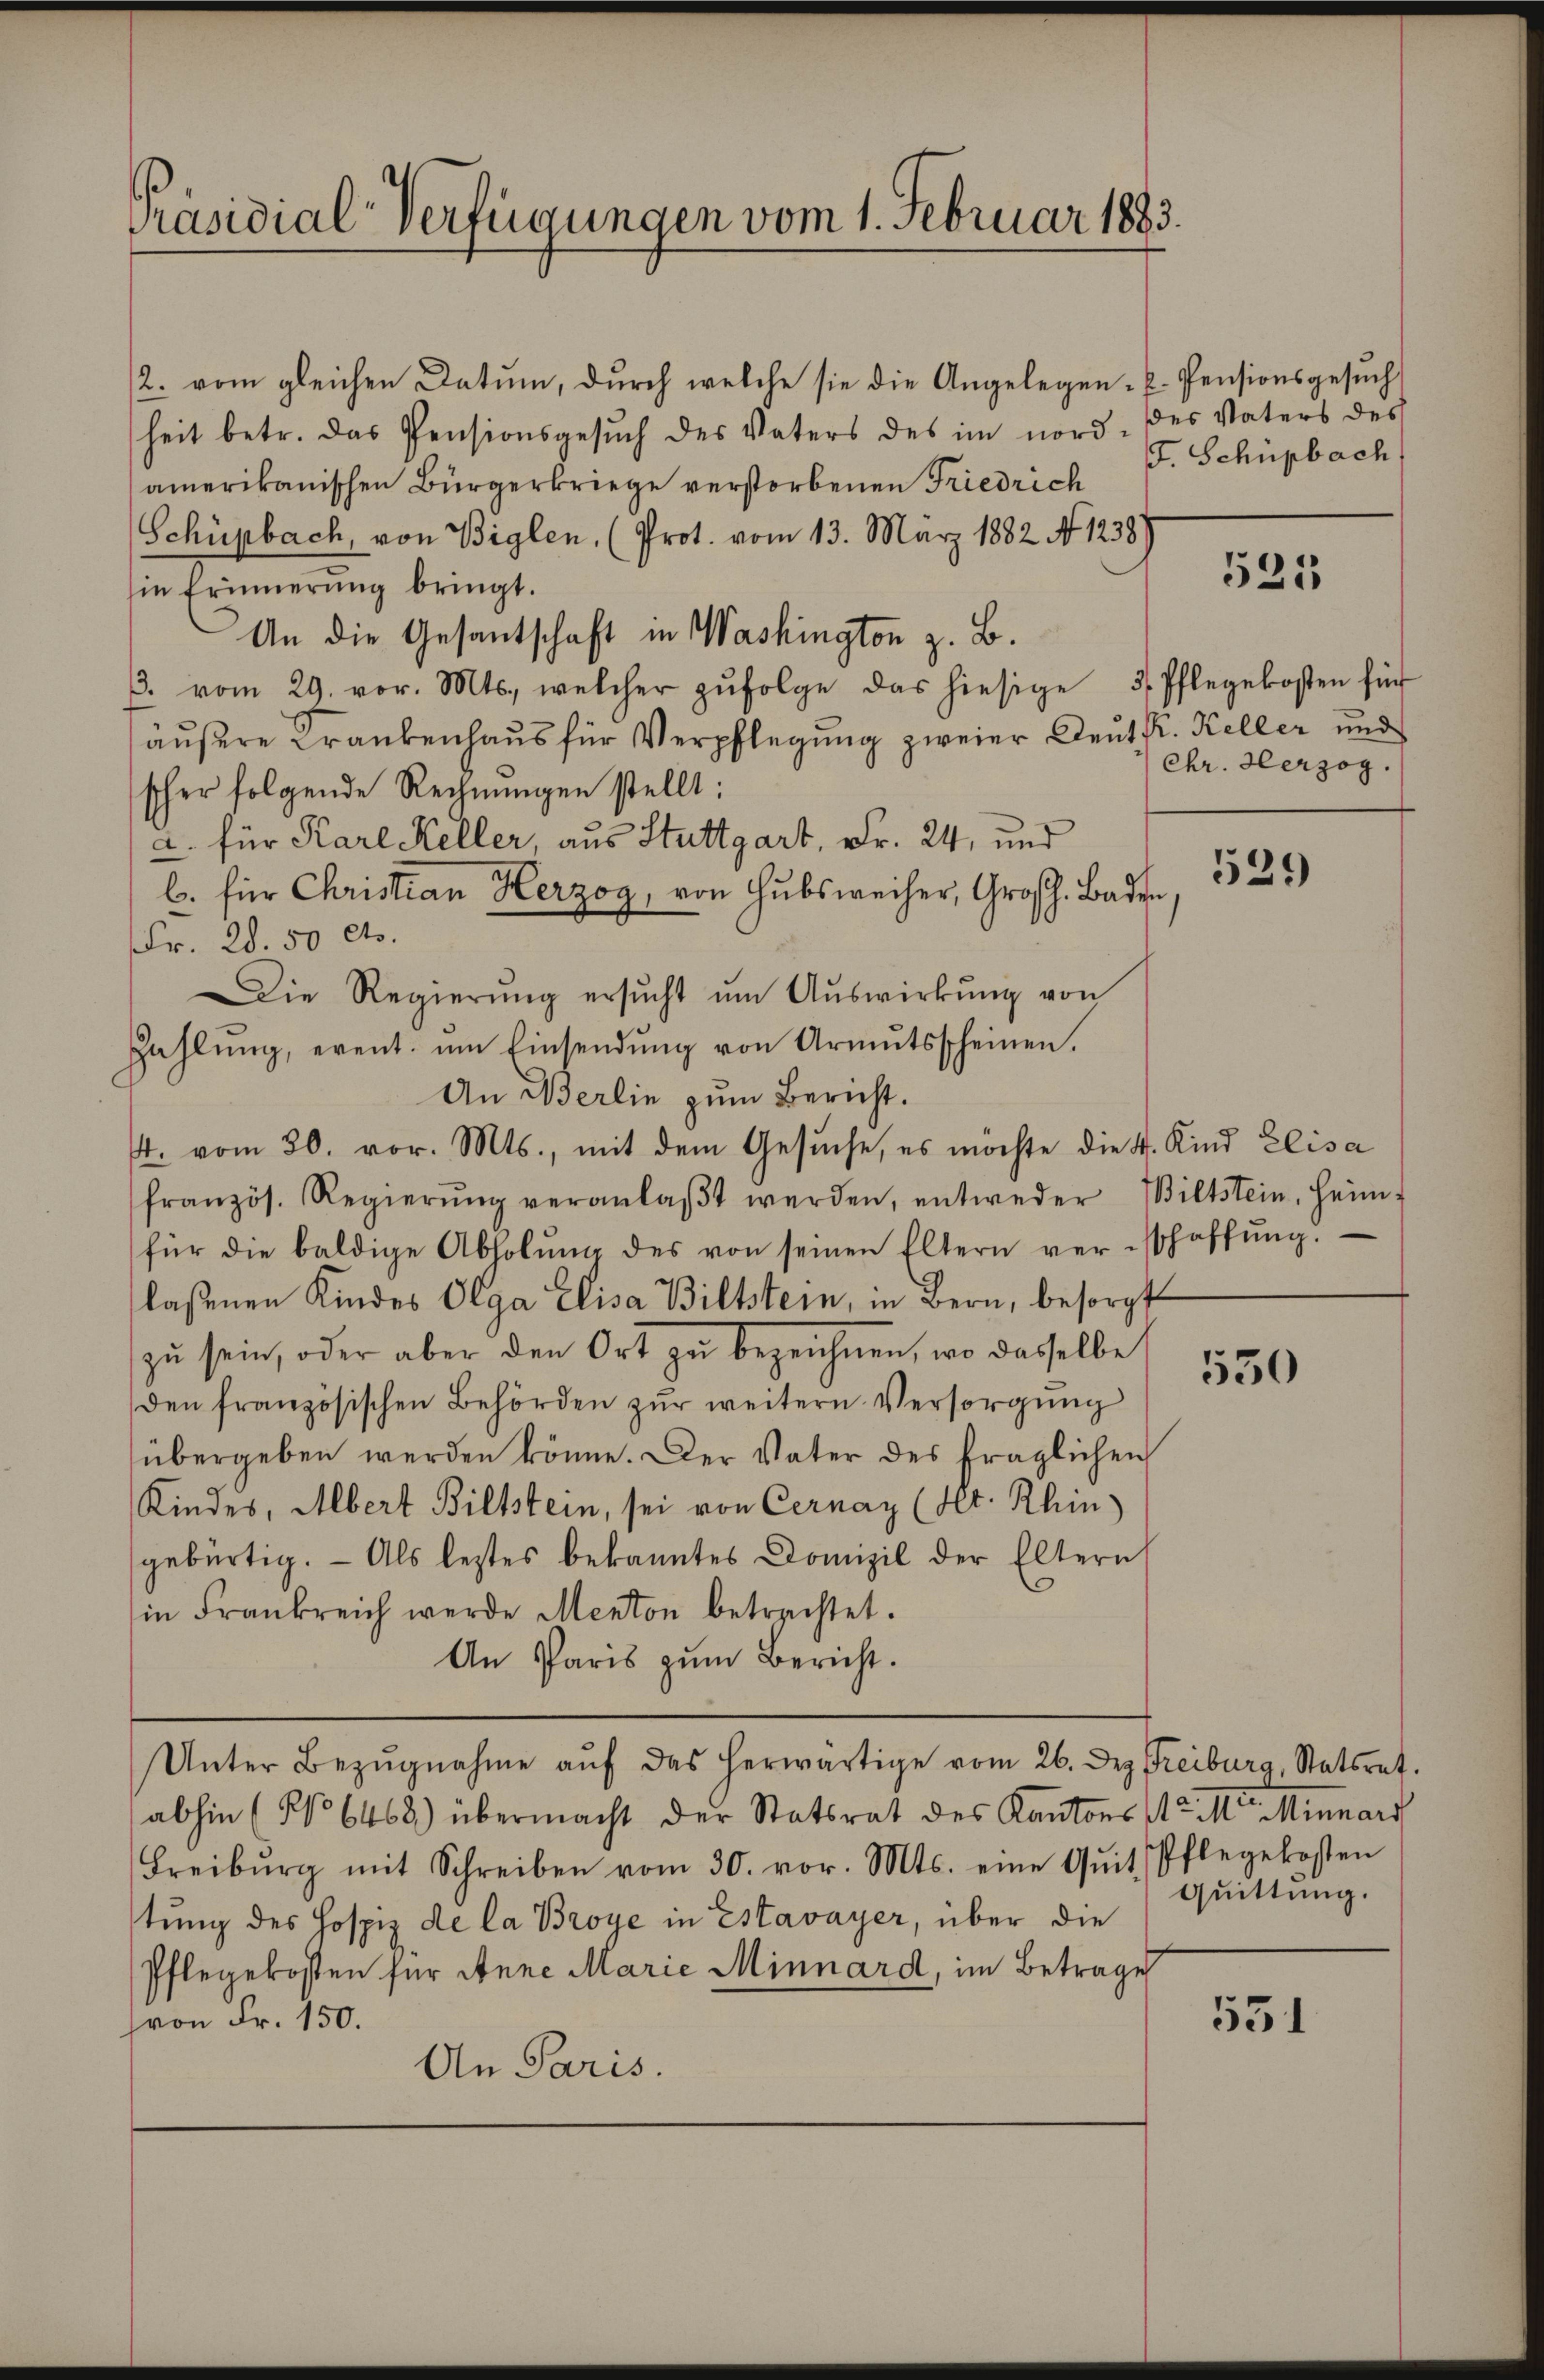
Präsidial-Verfügungen vom 1. Februar 1883

2. vom gleichen Datum, durch welche sie die Angelegen- u. Pensionsgesuch
heit betr. das Pensionsgesŭch des Vaters des im nord des Vaters des
amerikanischen Bürgerkriege verstorbenen Friedrich J. Schüpbach
Schüpbach, von Biglen, (Prot. vom 13. März 1882 No 1238)
in Erinnerung bringt.
An die Gesantschaft in Washington z. B.
3. vom 29. vor. Mts., welcher zŭfolge das hiesige 5. Pflegekosten für
äußere Krankenhaus für Verpflegung zweier Deut fr. Keller und
scher folgende Rechnŭngen stellt:
2. für Karl Keller, aus Stuttgart, Fr. 24, und
b. für Christian Herzog, von Hubsweiser, Großh. Baden
Fr. 28. 50 Cts.
Die Regierŭng ersŭcht ŭm Aŭswirkŭng von
Zahlŭng, event. um Einsendŭng von Armŭtsscheinen.
An Berlin zum Bericht.
4. vom 30. vor. Mts., mit dem Gesuche, es möchte die 4. Kind Elisa
französ. Regierŭng veranlaβt werden, entweder Wiltstein, heim-
für die baldige Abholung des von seinen Eltern verschaffung.
laßenen Kindes Olga Elisa Bittstein, in Bern, besorgt
zŭ sein, oder aber den Ort zŭ bezeichnen, wo dasselbe
den französischen Behörden zŭr weitern Versorgŭng
übergeben werden könne. Der Vater des fraglichen
Kindes, Albert Bittstein, sei von Cernay (lt. Rhin
gebürtig. Als letztes bekanntes Domizil der Eltern
in Frankreich werde Menton betrachtet.
An Paris zŭm Bericht.
Unter Bezŭgnahme aŭf das herwärtige vom 26. Dez. Freiburg, Statsrat.
abhin (No 6468) übermacht der Statsrat des Kantons Sr. Mt. Minnars
Freiburg mit Schreiben vom 30. vor. Mts. eine Qŭit Pflegekosten
tung des Hospiz de la Broye in Estavayer, über die
Pflegekosten für Anne Marie Minnard, im Betrage
von Fr. 150.
An Paris.

521

Chr. Herzog.

529

530

quittung.

531